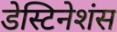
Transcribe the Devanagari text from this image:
डेस्टिनेशंस